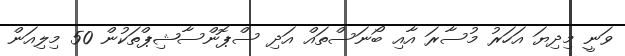
ވަނީ މިދިޔަ އަހަރު މުސާރަ އާއި ބޯނަސްތައް އަދި ސްޕޮންސާޝިޕްތަކުން 50 މިލިއަން